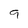
Character: 9